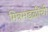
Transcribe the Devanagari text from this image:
मित्रमंडळींची